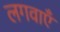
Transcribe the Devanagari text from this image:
लगवाएँ